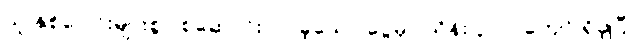
သူ နှစ်ပေါင်းများစွာ စုဆောင်းလာခဲ့သော ငွေမှာ သိန်း ၃၀၀ ကျော် ရှိခဲ့ပြီ။